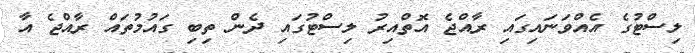
ލިސްޓުގެ އެއްވަނައިގައި ރާއްޖެ އޮތްއިރު ލިސްޓުގައި ދެން ތިބި ގައުމުތައް ރާއްޖެ އާ